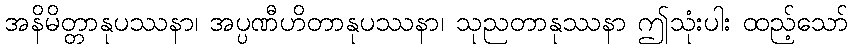
အနိမိတ္တာနုပဿနာ၊ အပ္ပဏီဟိတာနုပဿနာ၊ သုညတာနုဿနာ ဤသုံးပါး ထည့်သော်